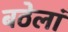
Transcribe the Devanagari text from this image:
बठेलां